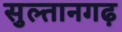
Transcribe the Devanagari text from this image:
सुल्तानगढ़